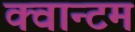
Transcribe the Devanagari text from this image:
क्‍वान्‍टम